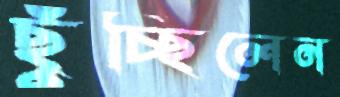
ছুঁচ্ছিলেন